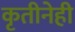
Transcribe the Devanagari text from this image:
कृतीनेही